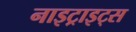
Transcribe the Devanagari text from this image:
नाइट्राइट्स